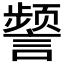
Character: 𫍐